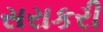
સરાકરી